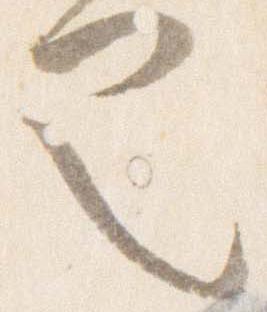
也